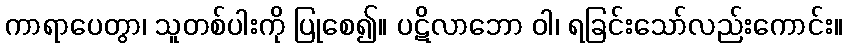
ကာရာပေတွာ၊ သူတစ်ပါးကို ပြုစေ၍။ ပဋိလာဘော ဝါ၊ ရခြင်းသော်လည်းကောင်း။